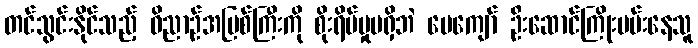
တင်သွင်းနိုင်သည့် ဝိညာဉ်အမြစ်ကြီးကို စိုးရိမ်မှုမရှိဘဲ ပေကျော် ဦးဆောင်ကြိုးပမ်းနေသူ